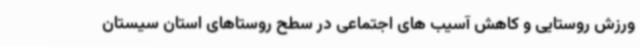
ورزش روستایی و کاهش آسیب های اجتماعی در سطح روستاهای استان سیستان